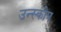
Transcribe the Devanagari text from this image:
उन्स्कोप